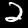
Digit: 2